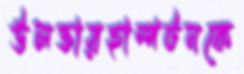
উলভারহাম্পটনকে